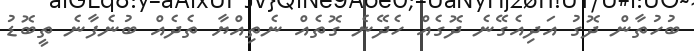
ބުހުތާން ދޮގު އަދިއެގޭނެ ދޮގެއް ހެދޭނެ ގޮތެއް ނެތިއްޔާ ތެދެއް ބުނެފާނެ ތީބޮޑު